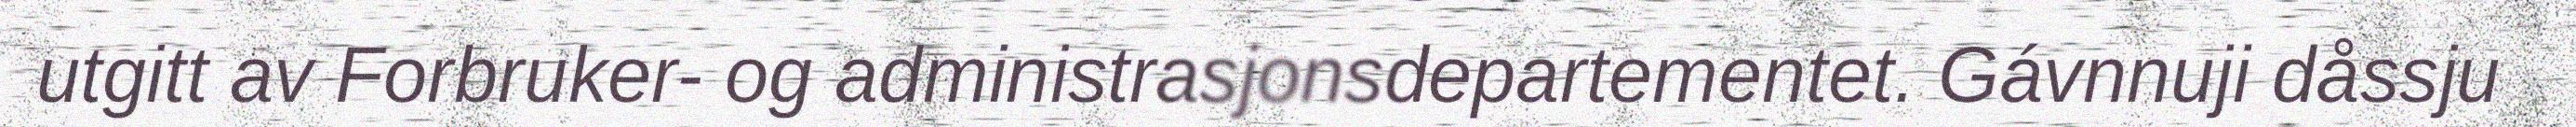
utgitt av Forbruker- og administrasjonsdepartementet. Gávnnuji dåssju